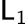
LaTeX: \mathsf{L}_{1}